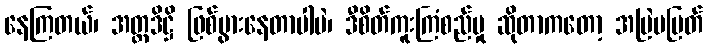
နေကြတယ်၊ အတ္တဒိဋ္ဌိ ဖြစ်ပွားနေတာပါပဲ၊ ဒီစိတ်ကူးကြံစည်မှု ဆိုတာကတော့ အမြဲမပြတ်